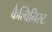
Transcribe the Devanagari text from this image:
कैल्विनिस्ट